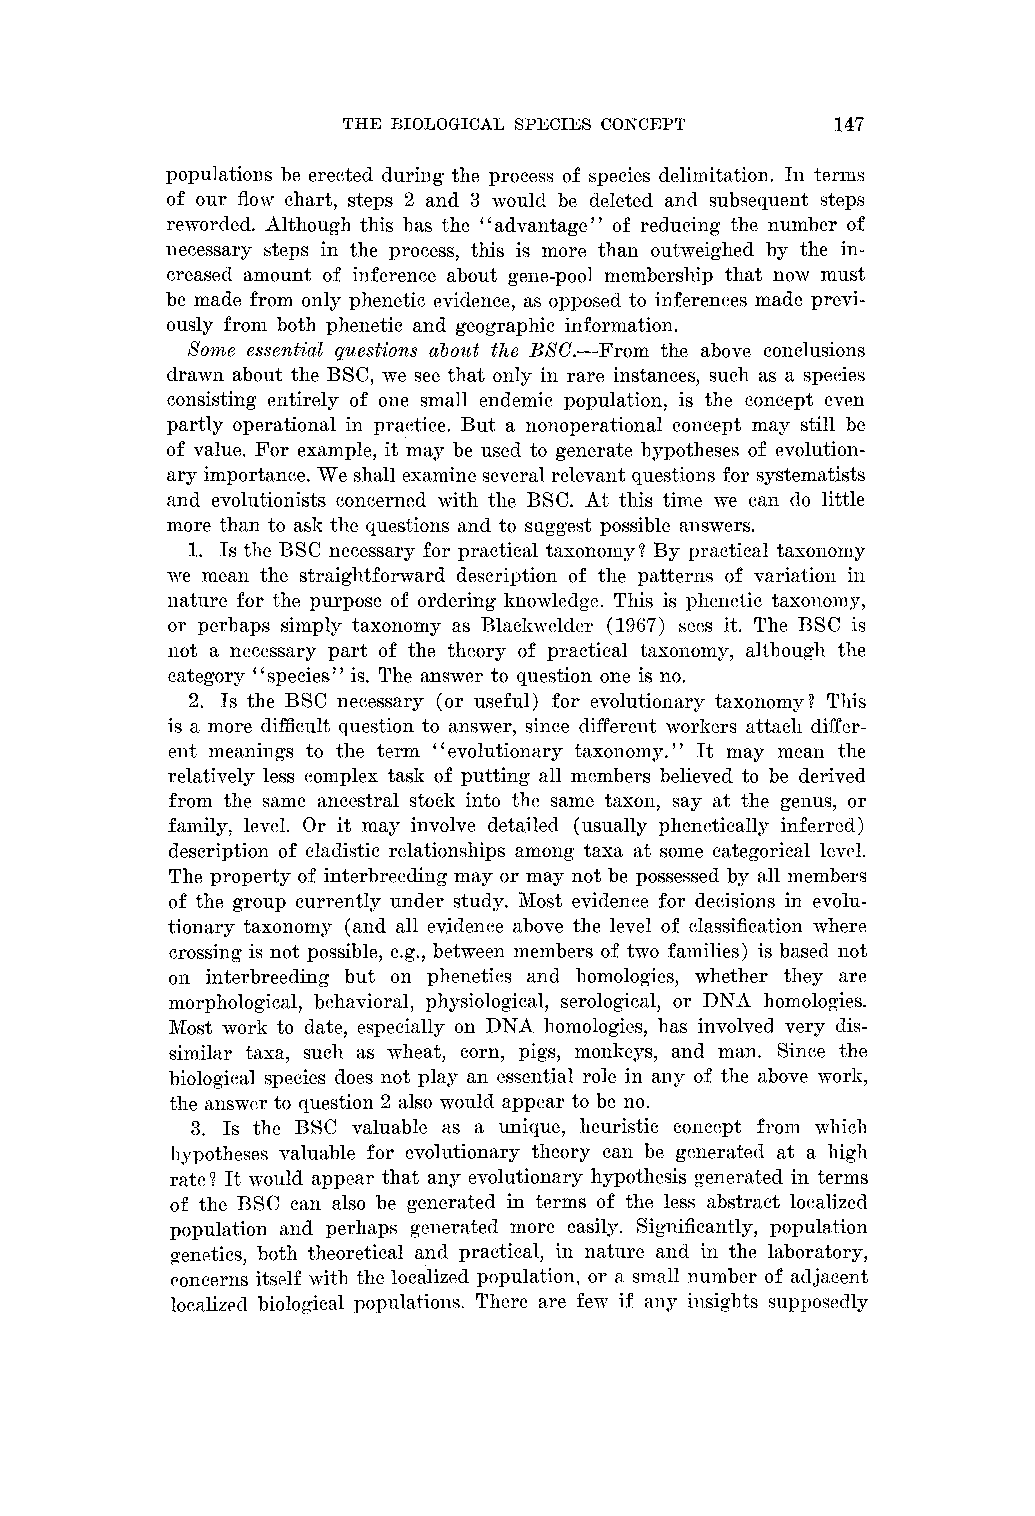
THE BIOLOGICAL SPECIES COKCEPT  147
 populations be erected during the process of species delimitation. In te~ills
 of our flow chart, steps 2 and 3 ~voulclb e deleted and subsequent steps
 reworded. Although this has the "advantage" of reducing the number of
 necessary steps in the process, this is more than outweighed by the in-
 creased amount of inference about gene-pool membership that now must
 be made from only phenetic evidence, as opposed to iiiferences made previ-
 ously from both phenetic and geographic information.
 So???e essential qlcestions about the BSC.--From the above conclusions
 drawn about the BSC, we see that only in rare instances, such as a species
 consisting entirely of one small endemic population, is the concept even
 partly operational in practice. But a nonoperational concept may still be
 of value. For example, it may be used to generate hypotheses of evolution-
 ary importance. We shall examine several relevant questiolis for systematists
 and eoolutionists concerned with the BSC. At this time we can do little
 inore than to asli the questions and to suggest possible answers.
 1. Is the BSC necessary for practical taxonon~y?B y practical taxolloiliy
 me mean the straightforward description of the patterns of variatioil i11
 nature for the purpose of ordering li-iio~~ledgTe.h is is pheiletic taxonomy,
 or perhaps simply taxonomy as Blaclimelder (1967) sees it. The ESC is
 not a necessary part of the theory of practical taxonomy, although the
 category "species" is. The answer to question one is no.
 2. Is the ESC necessary (or useful) for evolutiollary taxonomy? This
 is a more difficult question to answer, since different worlrers attach differ-
 ent meaning3 to the term "evolutionary taxonomy." It may mean the
 relatively less complex tasli of putting all nlembers believed to be derived
 from the same ancestral stocli- into the same taxon, say at the genus, or
 family, level. Or it may involve detailed (usually phenetically inferred)
 description of cladistic relationships among taxa at some categorical level.
 The property of interbreeding may or may not be possessed by all nlembers
 of the group curreiltly under study. Alost evidence for decisions in evolu-
 tionary taxonomy (and all evidence above the level of classification here
 crossillg is not possible, e.g., betxeen nlembers of tnTof amilies) is based not
 on interbreeding but on phenetics and homologies, whether they are
 morphological, behavioral, physiological, serological, or DNA homologies.
 Ifost work to date, especially on DNA homologies, has involved very dis-
 similar taxa, such as wheat, corn, pigs, monkeys, and man. Since the
 biological species does not play an essential role in any of the above xork,
 the answer to question 2 also mould appear to be no.
 3. Is the BSC valuable as a unique, heuristic concept fro111 xvhich
 l~~potheseosa luable for evolutionary theory can be generated at a high
 rate? It ~voulda ppear that any evolutionary hypothesis generated in terms
 of the BSC can also be generated in terms of the less abstract localized
 population and perhaps generated more easily. Significantly, population
 genetics, both theoretical ancl practical, in nature and in the laboratory,
 concerns itself ~~~tihtel lio calized population, or a srn~lnl umber of adjacent
 localized biological populationr. There are few if ally insights supposedly